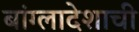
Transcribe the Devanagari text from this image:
बांग्लादेशाची